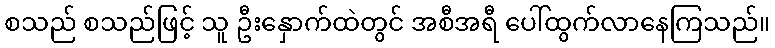
စသည် စသည်ဖြင့် သူ ဦးနှောက်ထဲတွင် အစီအရီ ပေါ်ထွက်လာနေကြသည်။